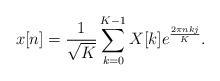
LaTeX: \begin{align*}x[n]=\frac{1}{\sqrt{K}} \sum_{k=0}^{K-1} X[k] e^{\frac{2\pi nkj}{K}}. \end{align*}